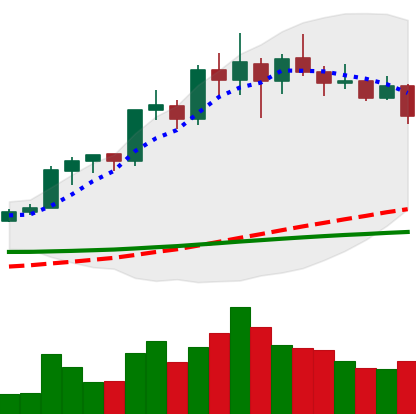
Ticker: LINK-USD
Chart end date: 2020-02-24
Forward return: 4.979%
Label: up_3_5